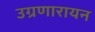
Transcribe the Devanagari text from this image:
उग्रणारायन